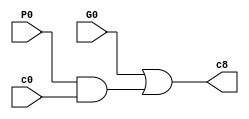
module my_c8(G0, P0, c0, c8);

    input G0, P0, c0;
    
    output c8;
    
    wire w1;
    
    and myAnd1(w1, P0, c0);
    
    
    or myOr1(c8, G0, w1);
    
endmodule